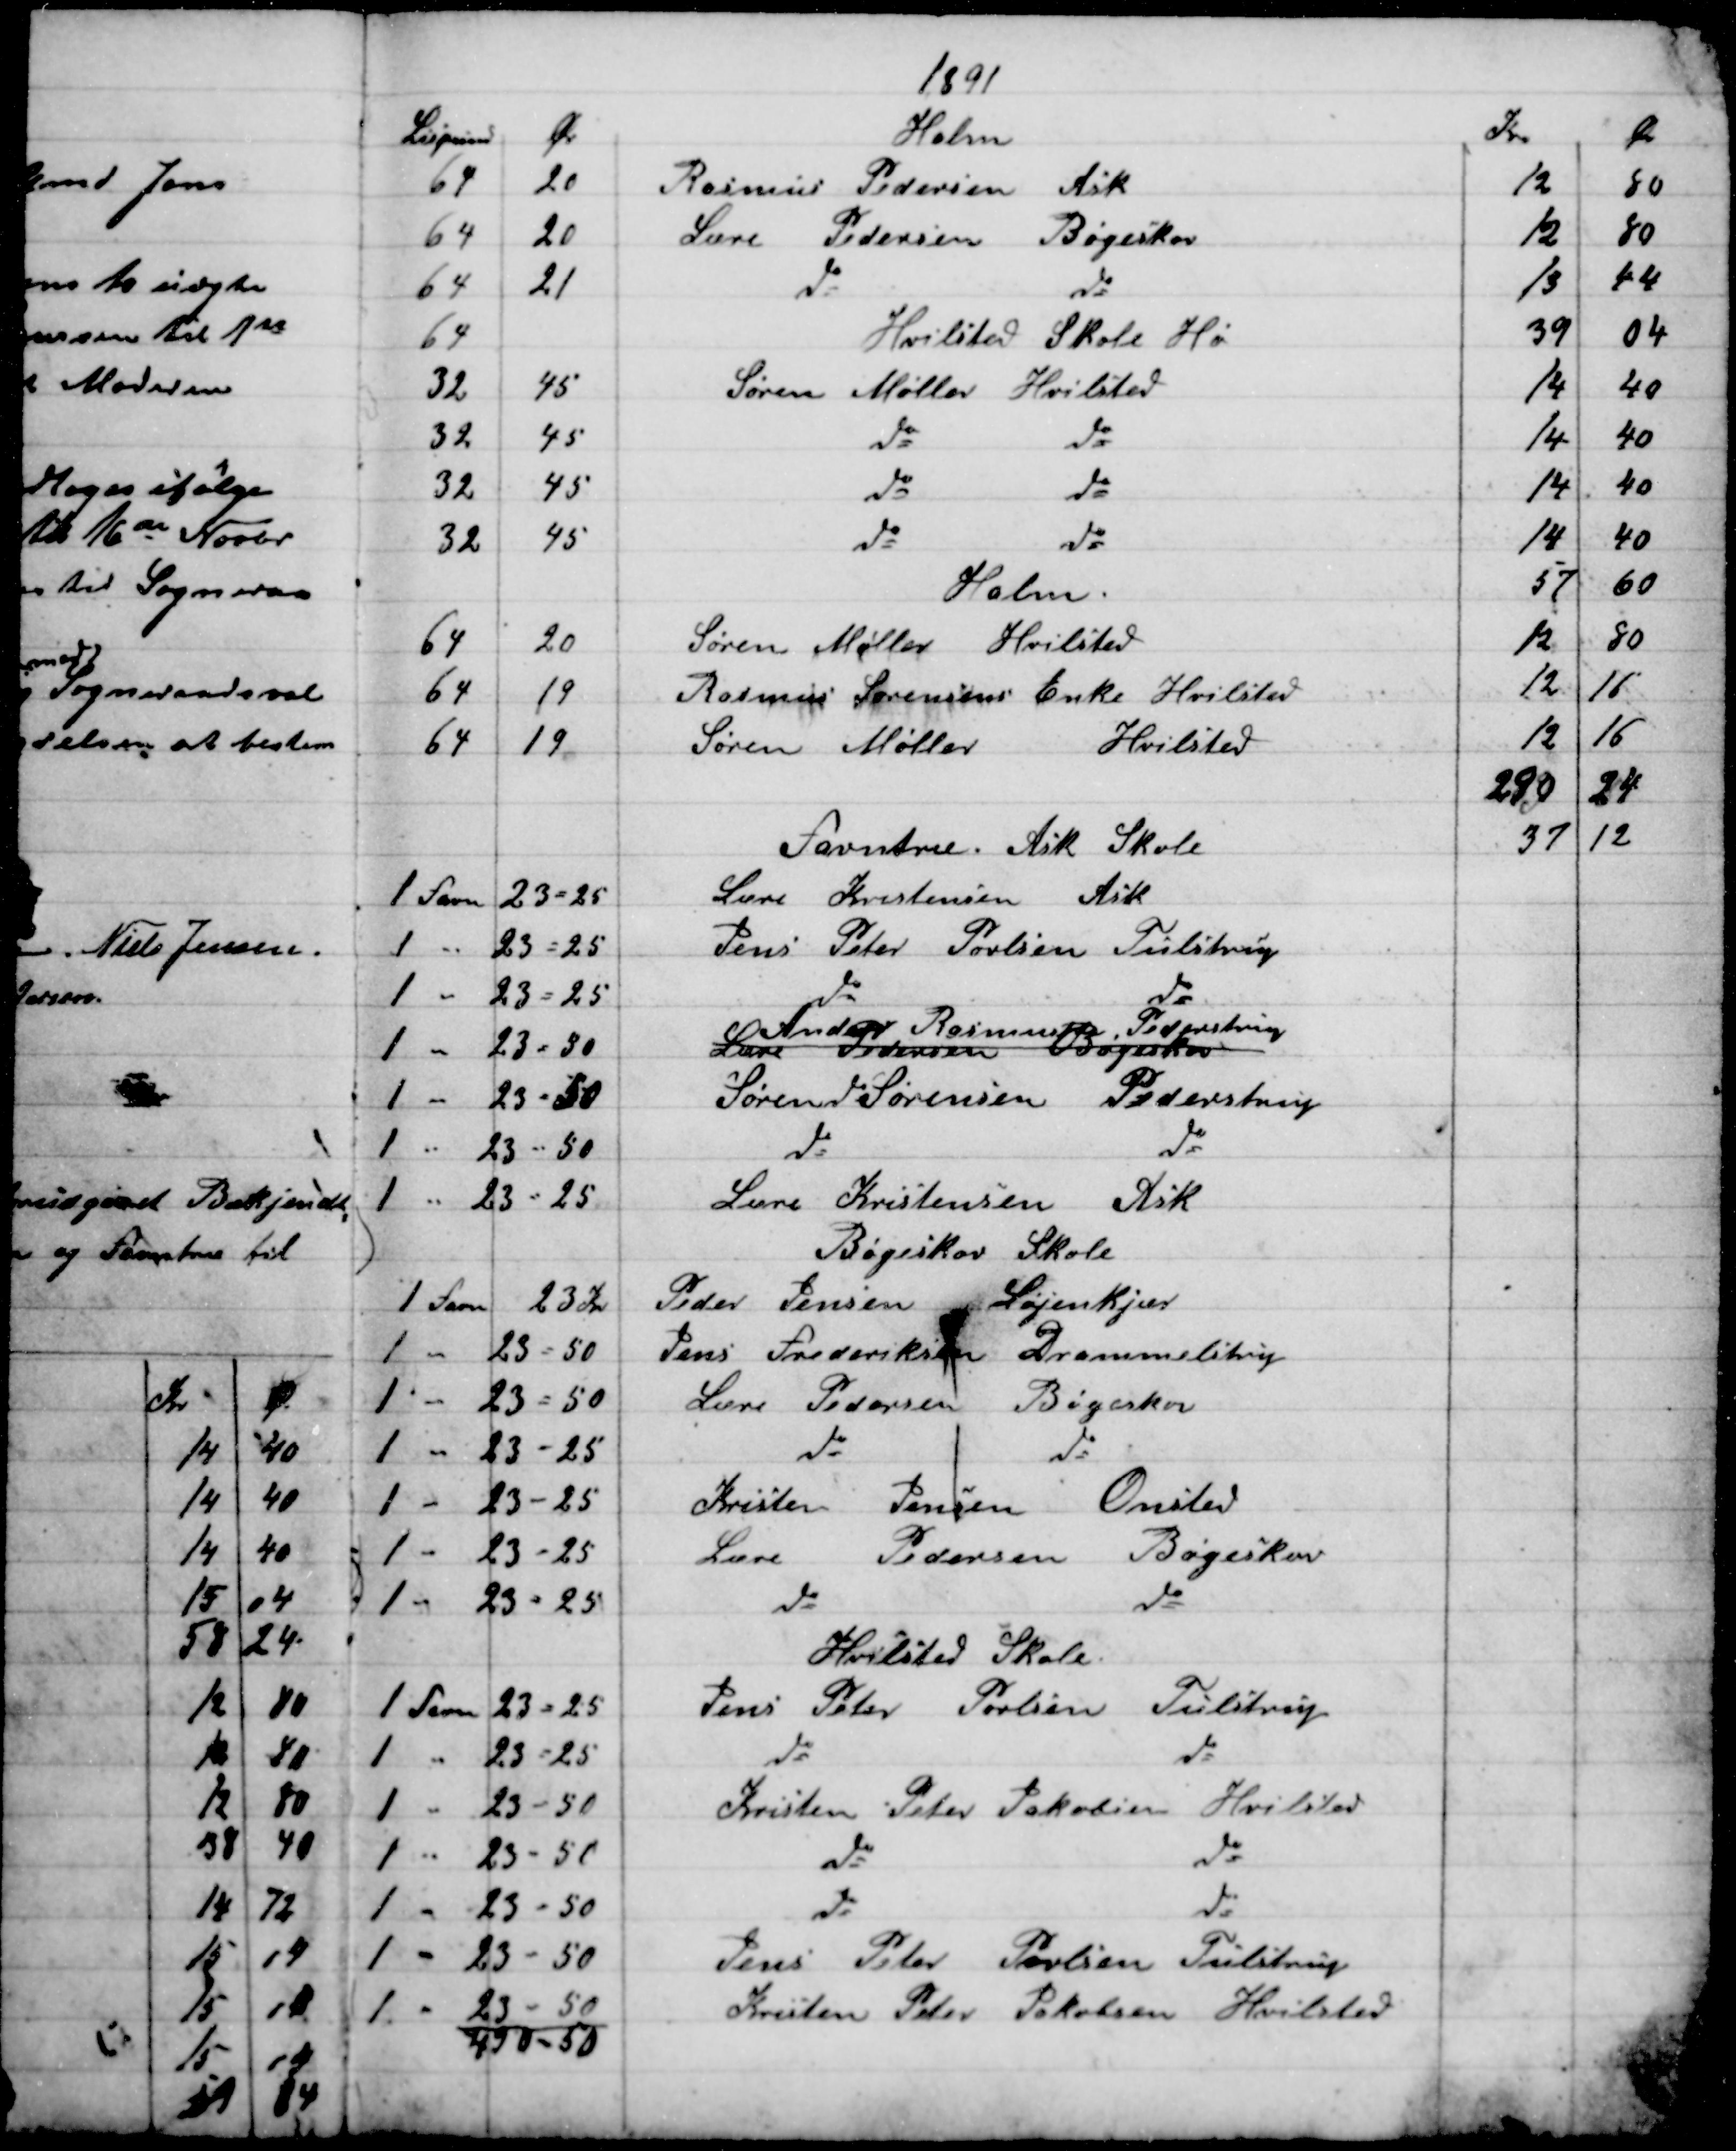
Transskription:
1891
Lispund
Ør
Halm
Kr.
Ør
64
20
Rasmus Pedersen Ask
12
80
64
20
Lære Pedersen Bøgeskov
12
80
64
21
do 
do
13
44
64
Hvilsted Skole Hø
39
04
32
45
Søren Møller Hvilsted
14
40
32
45
do 
do
14
40
32
45
do 
do
14
40
32
45
do
do
14
40
Halm.
57
60
64
20
Søren Møller Hvilsted
12
80
64
19
Rasmus Sørensens Enke Hvilsted
12
16
64
19
Søren Møller 
Hvilsted
12
16
290
24
Favntræ. Ask Skole
37
12
1 Favn
23=25
Lære Kristensen Ask
1 "
23 = 25
Jens Peter Povlsen Tulstrup
1 -
23 = 25
do
do
1 -
23 = 50
Lære Pedersen Bøgeskov
Anders Rasmussen Pederstrup
1 -
23 = 50
Sørend Sørensen Pederstrup
1 -
23 = 50
do 
do
1 -
23 = 25
Lære Kristensen Ask
Bøgeskov Skole
1 Favn
23 Kr
Peder Jensen 
Løjenkjær
1 -
23 = 50
Jens Frederiksen Drammelstrup
1 -
23 = 50
Lære Pedersen 
Bøgeskov
1 -
23=25
do 
do
1 -
23 = 25
Kristen Jensen 
Onsted
1 -
23 = 25
Lære Pedersen Bøgeskov
1 -
23 = 25
do 
do
Hvilsted Skole.
1 Favn
23 = 25
Jens Peter Povlsen Tulstrup
1 -
23 = 25
do 
do
1 -
23 - 50
Kristen Peter Jakobsen Hvilsted
1 -
23 - 50
do
do
1 -
23 - 50
do 
do
1 -
23 - 50
Jens Peter Povlsen Tulstrup
1 -
23 - 50
Kristen Peter Jakobsen Hvilsted
490-50